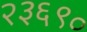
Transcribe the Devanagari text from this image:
२३६९०